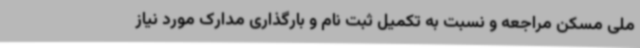
ملی مسکن مراجعه و نسبت به تکمیل ثبت نام و بارگذاری مدارک مورد نیاز